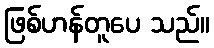
ဖြစ်ဟန်တူပေ သည်။